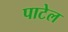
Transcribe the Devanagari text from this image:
पाटेल